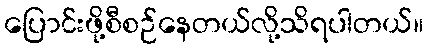
ပြောင်းဖို့စီစဉ်နေတယ်လို့သိရပါတယ်။